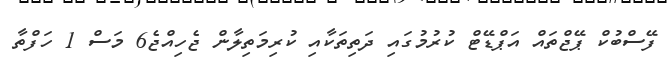
ފޭސްބުކް ޕޭޖްތައް އަޕްޑޭޓް ކުރުމުގައި ދަތިތަކާއި ކުރިމަތިލާން ޖެހިއްޖެ6 މަސް 1 ހަފްތާ